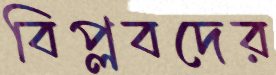
বিপ্লবদের